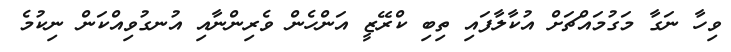
ވިހާ ނަގާ މަގުމައްޗަށް އުކާލާފައި ތިބި ކްރޭޒީ އަންހެން ވެރިންނާއި އުނގުވިއްކަން ނިކުމެ